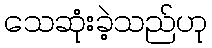
သေဆုံးခဲ့သည်ဟု